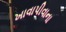
ખાવાપીવાના